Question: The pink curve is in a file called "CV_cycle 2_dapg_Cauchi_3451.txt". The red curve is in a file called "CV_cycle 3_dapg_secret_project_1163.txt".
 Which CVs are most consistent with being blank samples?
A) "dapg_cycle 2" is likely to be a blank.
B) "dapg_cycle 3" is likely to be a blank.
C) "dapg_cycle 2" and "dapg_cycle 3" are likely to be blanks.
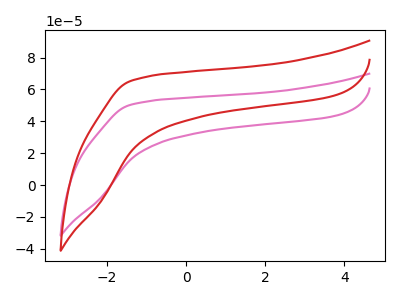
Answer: <think>The pink curve "dapg_cycle 2" has no peaks. The red curve "dapg_cycle 3" has no peaks.</think>
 <answer>C) "dapg_cycle 2" and "dapg_cycle 3" are likely to be blanks.</answer>
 <eval>C</eval>